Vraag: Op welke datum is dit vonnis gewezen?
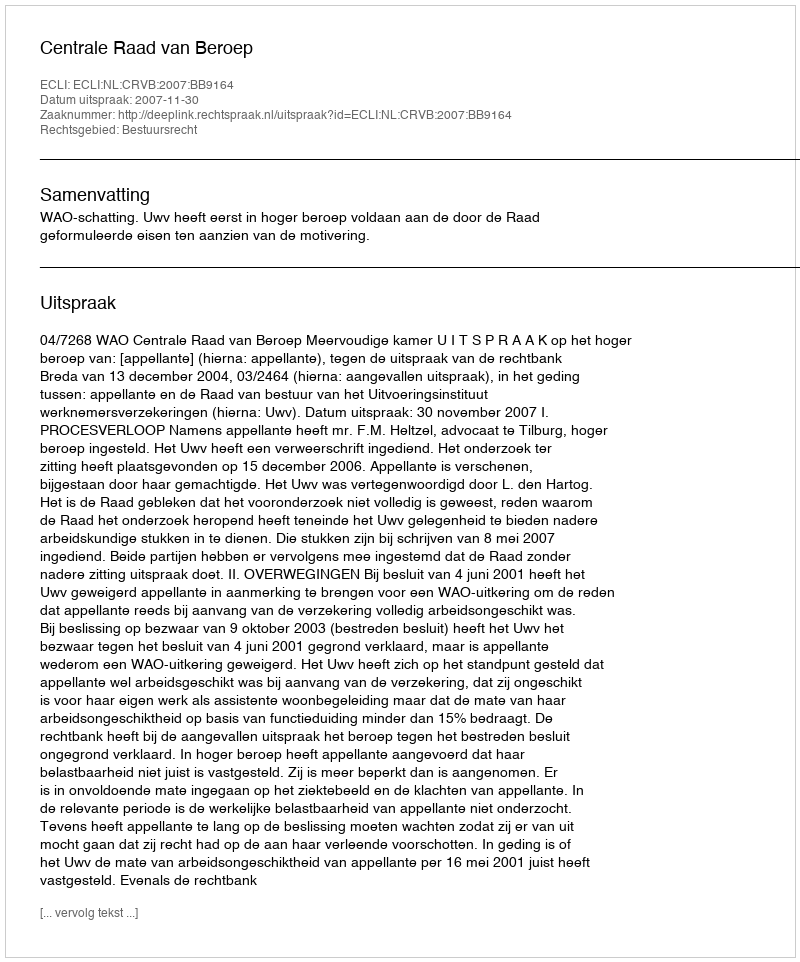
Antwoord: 2007-11-30